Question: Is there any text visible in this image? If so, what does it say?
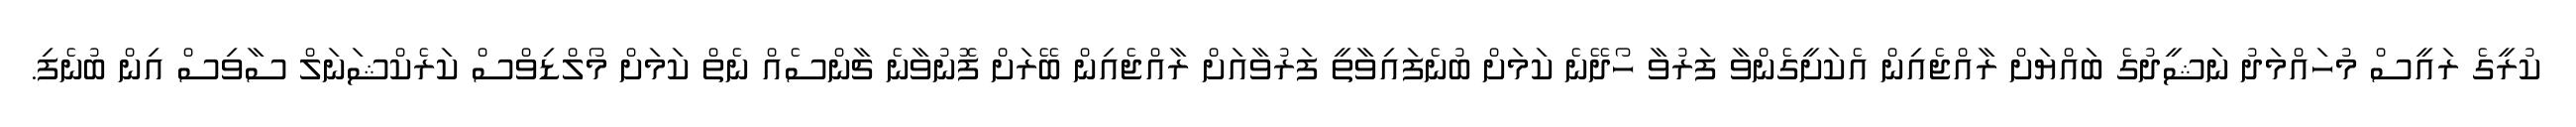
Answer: ކުރީގެ ރައީސް މުހައްމަދު ނަޝީދުގެ ބައްޔަށް ރާއްޖެއިން އެކަށީގެންވާ ފަރުވާ ހޯދޭނެ ކަމަށް ބުނެފައިވާތީ ފަރުވާއަށް ރާއްޖެއިން ބޭރަށް ފޮނުވާނެ ޗާންސެއް ނެތް ކަމަށް މޯލްޑިވްސް ކަރެކްޝަނަލް ސާވިސް އިން ބުނެފި.